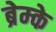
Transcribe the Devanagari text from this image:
ब्रेम्के